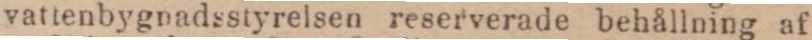
vattenbygnadsstyrelsen reserverade behållning af